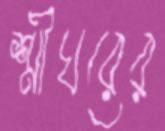
শ্রীঘরের